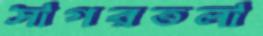
সাগরতলা